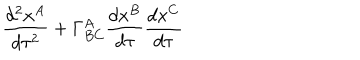
\frac { d ^ { 2 } x ^ { A } } { d \tau ^ { 2 } } + \Gamma _ { B C } ^ { A } \frac { d x ^ { B } } { d \tau } \frac { d x ^ { C } } { d \tau }